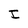
Character: I